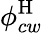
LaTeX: \phi_{cw}^{\mathrm{H}}